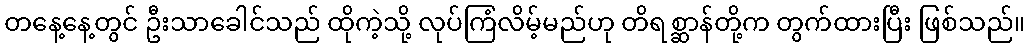
တနေ့နေ့တွင် ဦးသာခေါင်သည် ထိုကဲ့သို့ လုပ်ကြံလိမ့်မည်ဟု တိရစ္ဆာန်တို့က တွက်ထားပြီး ဖြစ်သည်။